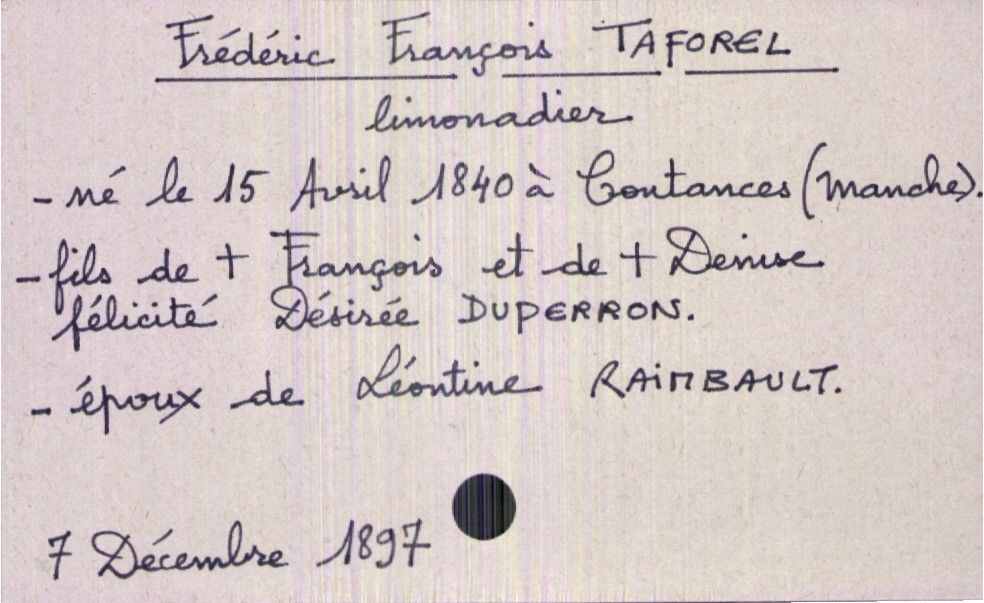
type_acte: Décès
année: 1897
mois: décembre
jour: 7
défunt_nom: Taforel
défunt_prénom: Frédéric François
défunt_sexe: H
défunt_profession: limonadier
défunt_date_de_naissance: 15 avril 1840
défunt_lieu_de_naissance: Coutances (Manche)
défunt_statut: marié(e)
père_défunt_nom: Taforel
père_défunt_prénom: François
père_défunt_statut: décédé
mère_défunt_nom: Duperron
mère_défunt_prénom: Denise Félicité Désirée
mère_défunt_statut: décédée